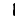
Digit: 1